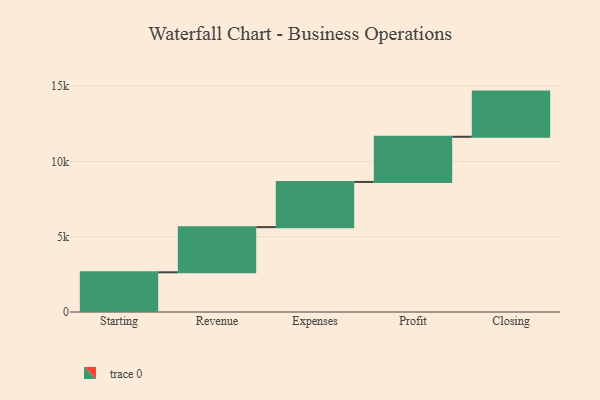
{"axis": {"x": "Step", "y": "Value"}, "legend": [""], "data": [{"x": "Starting", "y": 2636.0, "type": ""}, {"x": "Revenue", "y": 3000, "type": ""}, {"x": "Expenses", "y": 3000, "type": ""}, {"x": "Profit", "y": 3000, "type": ""}, {"x": "Closing", "y": 3000, "type": ""}]}